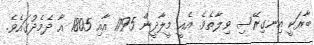
ބާރަކީ އިނގިރޭސި ވިލާތެވެ. އެއީ މީލާދީން 1795 އާއި 1805 އާ ދެމެދުގައެވެ.